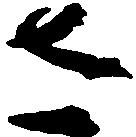
さ